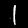
Digit: 1